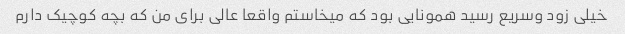
خیلی زود وسریع رسید همونایی بود که میخاستم واقعا عالی برای من که بچه کوچیک دارم